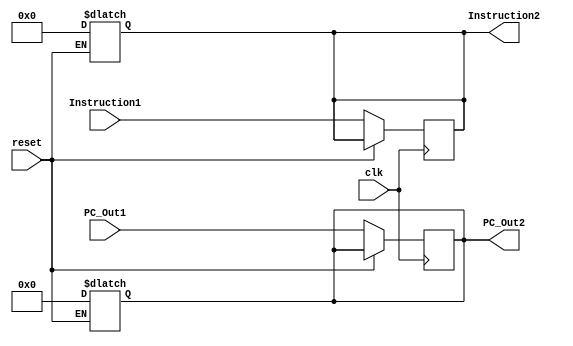
module IF_ID
(
   input [63:0] PC_Out1,
   input [31:0] Instruction1,
   input clk,
   input reset,
   output reg [63:0] PC_Out2,
   output reg [31:0] Instruction2
   
);

always@(reset)
begin
  if (reset == 1'b1)
    begin
    PC_Out2 <= 64'b0;
    Instruction2 <= 64'b0;
    end
  end
  

always@(posedge clk)
begin
  if (reset == 1'b0)
    begin
    PC_Out2 <= PC_Out1;
    Instruction2 <= Instruction1;
    end
end
  
endmodule